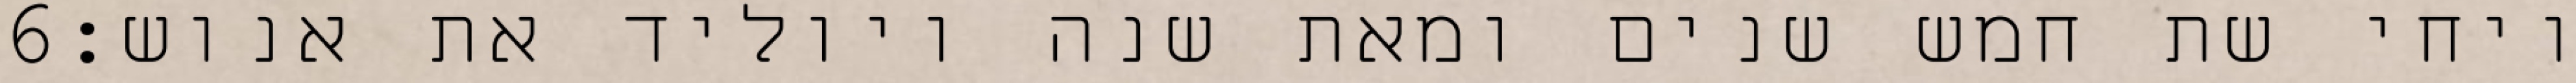
‎6‏ ויחי שת חמש שנים ומאת שנה ויוליד את אנוש׃